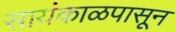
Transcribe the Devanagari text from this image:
सायंकाळपासून